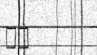
٥٦